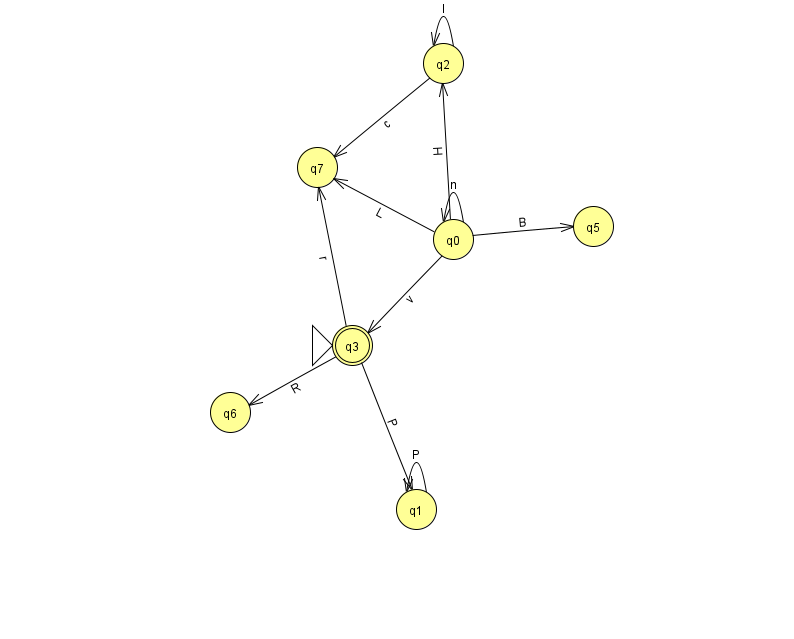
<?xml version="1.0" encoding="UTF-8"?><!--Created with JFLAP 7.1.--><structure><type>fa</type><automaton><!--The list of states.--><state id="0" name="q0"><x>453.0</x><y>226.0</y></state><state id="1" name="q1"><x>416.0</x><y>496.0</y></state><state id="2" name="q2"><x>443.0</x><y>50.0</y></state><state id="3" name="q3"><x>352.0</x><y>332.0</y><initial/><final/></state><state id="5" name="q5"><x>593.0</x><y>213.0</y></state><state id="6" name="q6"><x>230.0</x><y>399.0</y></state><state id="7" name="q7"><x>317.0</x><y>154.0</y></state><!--The list of transitions.--><transition><from>0</from><to>5</to><read>B</read></transition><transition><from>1</from><to>1</to><read>P</read></transition><transition><from>0</from><to>2</to><read>H</read></transition><transition><from>3</from><to>1</to><read>P</read></transition><transition><from>0</from><to>7</to><read>L</read></transition><transition><from>2</from><to>2</to><read>l</read></transition><transition><from>2</from><to>7</to><read>c</read></transition><transition><from>0</from><to>3</to><read>v</read></transition><transition><from>3</from><to>6</to><read>R</read></transition><transition><from>3</from><to>7</to><read>r</read></transition><transition><from>0</from><to>0</to><read>n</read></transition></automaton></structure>